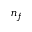
n _ { f }